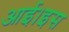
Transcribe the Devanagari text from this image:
आई।इस